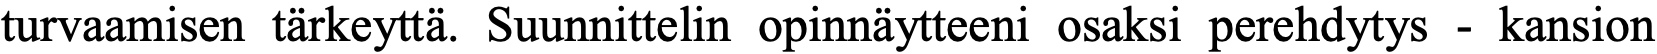
turvaamisen tärkeyttä. Suunnittelin opinnäytteeni osaksi perehdytys - kansion